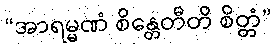
“အာရမ္မဏံ စိန္တေတီတိ စိတ္တံ”